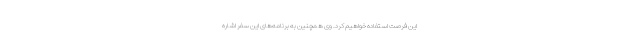
این فرصت استفاده خواهیم کرد. وی همچنین به برنامه‌های این سفر اشاره